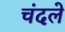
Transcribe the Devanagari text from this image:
चंदले